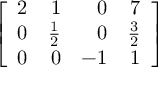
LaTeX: \left[ { \begin{array} { r r r r } { 2 } & { 1 } & { 0 } & { 7 } \\ { 0 } & { { \frac { 1 } { 2 } } } & { 0 } & { { \frac { 3 } { 2 } } } \\ { 0 } & { 0 } & { - 1 } & { 1 } \end{array} } \right]